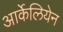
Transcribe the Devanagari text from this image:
आर्केलियेन